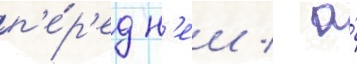
п'е́р'ед н'еи / а́